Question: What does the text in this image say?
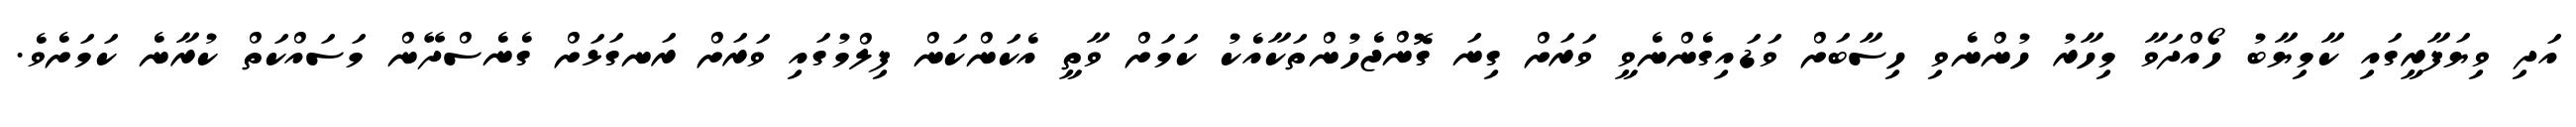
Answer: އަދި ވިޔަފާރީގައި ކާމިޔާބު ހޯއްދަވާ މިހާރު ހުންނެވި ހިސާބަށް ވަޑައިގެންނެވީ ވަރަށް ގިނަ ގޮންޖެހުންތަކާއެކު ކަމަށް ވާތީ އެކަންކަން ފިލްމުގައި ވަރަށް ރަނގަޅަށް ގެނެސްދޭން މަސައްކަތް ކުރާނެ ކަމަށެވެ.